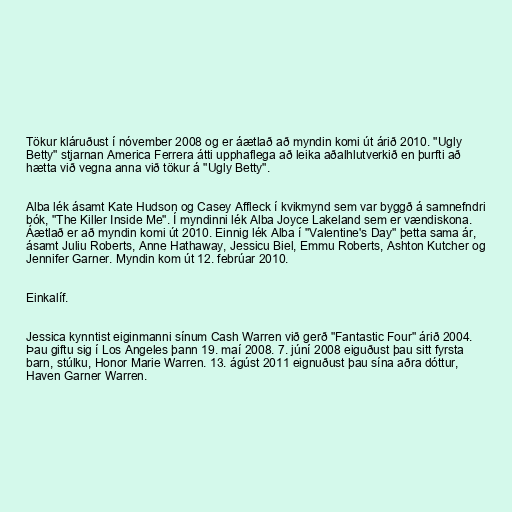
Tökur kláruðust í nóvember 2008 og er áætlað að myndin komi út árið 2010. "Ugly
Betty" stjarnan America Ferrera átti upphaflega að leika aðalhlutverkið en þurfti að
hætta við vegna anna við tökur á "Ugly Betty".

Alba lék ásamt Kate Hudson og Casey Affleck í kvikmynd sem var byggð á samnefndri
bók, "The Killer Inside Me". Í myndinni lék Alba Joyce Lakeland sem er vændiskona.
Áætlað er að myndin komi út 2010. Einnig lék Alba í "Valentine's Day" þetta sama ár,
ásamt Juliu Roberts, Anne Hathaway, Jessicu Biel, Emmu Roberts, Ashton Kutcher og
Jennifer Garner. Myndin kom út 12. febrúar 2010.

Einkalíf.

Jessica kynntist eiginmanni sínum Cash Warren við gerð "Fantastic Four" árið 2004.
Þau giftu sig í Los Angeles þann 19. maí 2008. 7. júní 2008 eiguðust þau sitt fyrsta
barn, stúlku, Honor Marie Warren. 13. ágúst 2011 eignuðust þau sína aðra dóttur,
Haven Garner Warren.